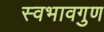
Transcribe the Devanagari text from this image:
स्वभावगुण